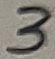
Text: 3